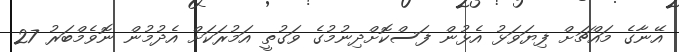
އޭނާގެ މައްޗަށް ފިޔަވަޅު އެޅުން ފަސްކޮށްދިނުމުގެ ވަގުތީ އަމުރަކަށް އެދުމުން ނޮވެމްބަރު 27